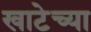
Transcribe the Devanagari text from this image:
खाटेच्या